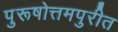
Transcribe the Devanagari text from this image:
पुरूषोत्तमपुरीत